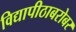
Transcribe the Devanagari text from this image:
विद्यापीठाबरोबर